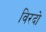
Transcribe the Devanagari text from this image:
विरदो